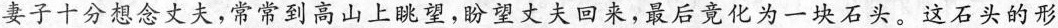
妻子十分想念丈夫，常常到高山上眺望，盼望丈夫回来，最后竟化为一块石头。这石头的形